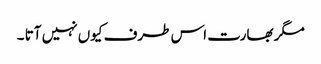
مگر بھارت اس طرف کیوں نہیں آتا ۔